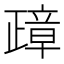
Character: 𰙸